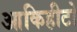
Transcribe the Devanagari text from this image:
आकिहीटो